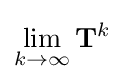
\lim _{k\to \infty }\mathbf {T} ^{k}